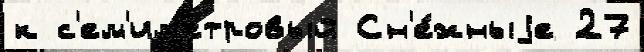
к с'ем'им'етровый Сн'е́жныjе 27